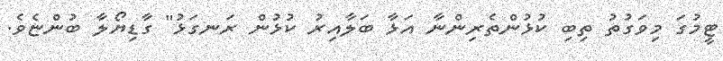
ޓީމުގަ މިވަގުތު ތިބި ކުޅުންތެރިންނާ އަޅާ ބަލާއިރު ކުޅުން ރަނގަޅު" ގާޑިޔޯލާ ބުންޏެވެ.